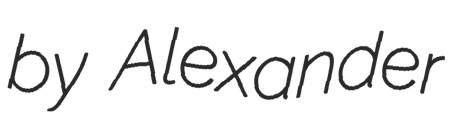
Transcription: by Alexander